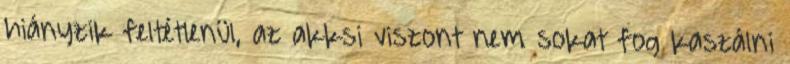
hiányzik feltétlenül, az akksi viszont nem sokat fog kaszálni